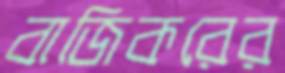
বাজিকরের